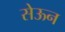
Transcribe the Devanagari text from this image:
सेऊन